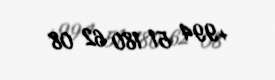
+994 51 180 62 08